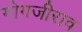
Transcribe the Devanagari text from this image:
गोगजीराव